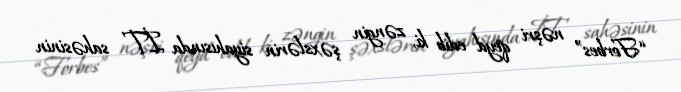
“Forbes” nəşri qeyd edib ki, zəngin şəxslərin siyahısında İT sahəsinin